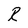
Character: R